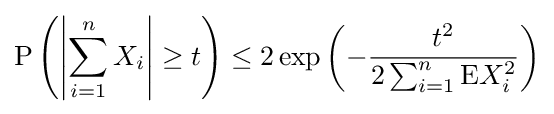
\mathrm {P} \left(\left|\sum _{i=1}^{n}X_{i}\right|\geq t\right)\leq 2\exp \left(-{\frac {t^{2}}{2\sum _{i=1}^{n}\mathrm {E} X_{i}^{2}}}\right)